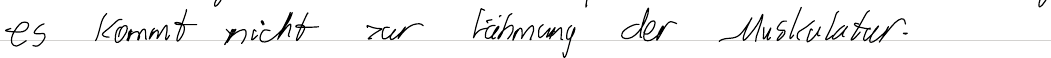
es kommt nicht zur Lähmung der Muskulatur.